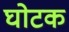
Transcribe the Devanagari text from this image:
घोटक